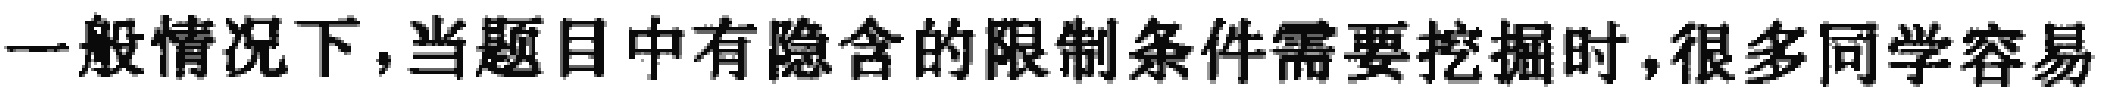
一般情况下，当题目中有隐含的限制条件需要挖掘时，很多同学容易